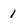
Character: 1